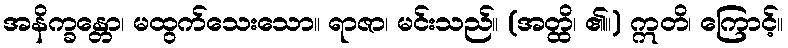
အနိက္ခန္တော၊ မထွက်သေးသော။ ရာဇာ၊ မင်းသည်။ (အတ္ထိ၊ ၏။) ဣတိ၊ ကြောင့်။